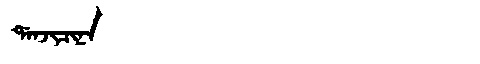
Manchu: ᡩᠠᠨᠵᡳᠴᡳᠨᠠ
Romanization: DANJICINA